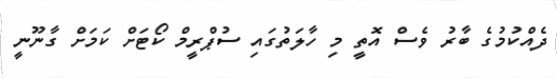
ދެއްކުމުގެ ބާރު ވެސް އޮތީ މި ހާލަތުގައި ސުޕްރީމް ކޯޓަށް ކަމަށް ގާނޫނީ